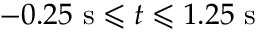
- 0 . 2 5 ~ \mathrm { s } \leqslant t \leqslant 1 . 2 5 ~ \mathrm { s }